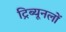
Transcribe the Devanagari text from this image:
ट्रिब्यूनलों